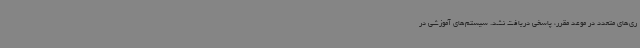
ری‌های متعدد در موعد مقرر، پاسخی دریافت نشد. سیستم‌های آموزشی در